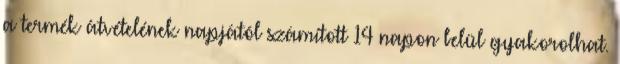
a termék átvételének napjától számított 14 napon belül gyakorolhat.